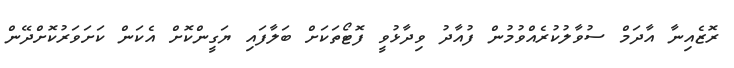
ރޮޒެއިނާ އާދަމް ސުވާލުކުރެއްވުމުން ފުއާދު ވިދާޅުވީ ފޮޓޯތަކަށް ބަލާފައި ޔަގީންކޮށް އެކަން ކަށަވަރުކޮށްދޭން